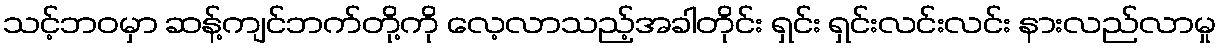
သင့်ဘဝမှာ ဆန့်ကျင်ဘက်တို့ကို လေ့လာသည့်အခါတိုင်း ရှင်း ရှင်းလင်းလင်း နားလည်လာမှု